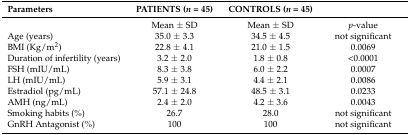
| Parameters | PATIENTS (n = 45) | CONTROLS (n = 45) |  |
 | --- | --- | --- | --- |
 |  | Mean ± SD | Mean ± SD | p-value |
 | Age (years) | 35.0 ± 3.3 | 34.5 ± 4.5 | not significant |
 | BMI (Kg/m2) | 22.8 ± 4.1 | 21.0 ± 1.5 | 0.0069 |
 | Duration of infertility (years) | 3.2 ± 2.0 | 1.8 ± 0.8 | <0.0001 |
 | FSH (mIU/mL) | 8.3 ± 3.8 | 6.0 ± 2.2 | 0.0007 |
 | LH (mIU/mL) | 5.9 ± 3.1 | 4.4 ± 2.1 | 0.0086 |
 | Estradiol (pg/mL) | 57.1 ± 24.8 | 48.5 ± 3.1 | 0.0233 |
 | AMH (ng/mL) | 2.4 ± 2.0 | 4.2 ± 3.6 | 0.0043 |
 | Smoking habits (%) | 26.7 | 28.0 | not significant |
 | GnRH Antagonist (%) | 100 | 100 | not significant |